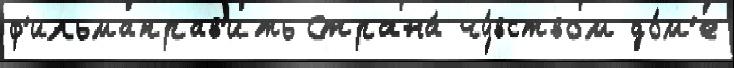
ф'ильмаправ'ить Страна́ чу́вством до́м'е